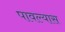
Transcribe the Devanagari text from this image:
पावल्यास